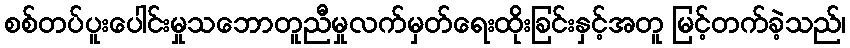
စစ်တပ်ပူးပေါင်းမှုသဘောတူညီမှုလက်မှတ်ရေးထိုးခြင်းနှင့်အတူ မြင့်တက်ခဲ့သည်၊